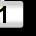
Digit: 1